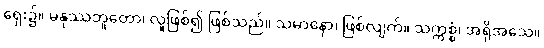
ရှေး၌။ မနုဿဘူတော၊ လူဖြစ်၍ ဖြစ်သည်။ သမာနော၊ ဖြစ်လျက်။ သက္ကစ္စံ၊ အရိုအသေ။